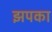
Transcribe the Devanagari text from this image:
झपका